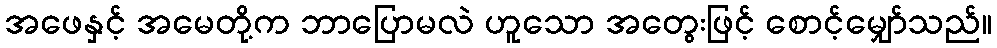
အဖေနှင့် အမေတို့က ဘာပြောမလဲ ဟူသော အတွေးဖြင့် စောင့်မျှော်သည်။